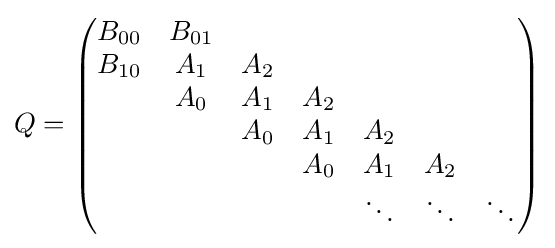
Q={\begin{pmatrix}B_{00}&B_{01}\\B_{10}&A_{1}&A_{2}\\&A_{0}&A_{1}&A_{2}\\&&A_{0}&A_{1}&A_{2}\\&&&A_{0}&A_{1}&A_{2}\\&&&&\ddots &\ddots &\ddots \end{pmatrix}}